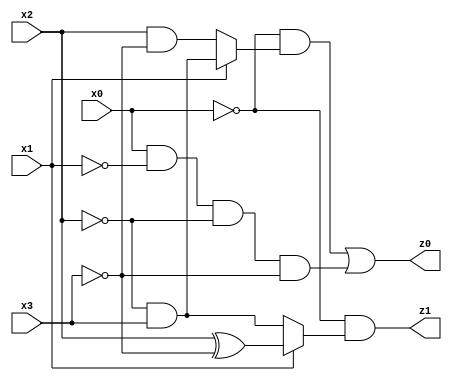
// Benchmark "res" written by ABC on Mon Jul 10 14:18:01 2023

module res ( 
    x0, x1, x2, x3,
    z0, z1  );
  input  x0, x1, x2, x3;
  output z0, z1;
  assign z0 = (~x0 & (x1 ? (~x2 & x3) : (x2 & ~x3))) | (x0 & ~x1 & ~x2 & ~x3);
  assign z1 = ~x0 & (x1 ? (x2 ^ ~x3) : (~x2 & x3));
endmodule